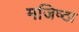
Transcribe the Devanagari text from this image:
मजिष्‍ठा